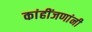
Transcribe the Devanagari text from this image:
कांहींजणांनी